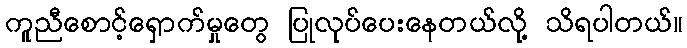
ကူညီစောင့်ရှောက်မှုတွေ ပြုလုပ်ပေးနေတယ်လို့ သိရပါတယ်။